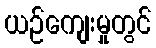
ယဉ်ကျေးမှုတွင်